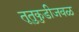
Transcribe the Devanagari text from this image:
तूतुकुडीजवळ